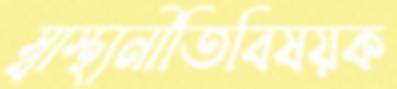
স্বাস্থ্যনীতিবিষয়ক